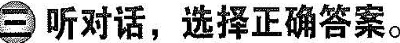
三听对话，选择正确答案。